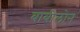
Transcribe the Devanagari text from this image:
बाबीलोन